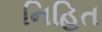
નિહિત